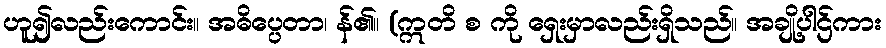
ဟူ၍လည်းကောင်း။ အဓိပ္ပေတာ၊ န်၏။ (ဣတိ စ ကို ရှေးမှာလည်းရှိသည်။ အချို့ပါဌ်ကား